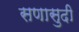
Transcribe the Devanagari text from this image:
सणासुदी